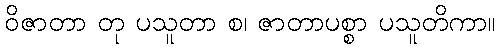
ဝိဇာတာ တု ပသူတာ စ၊ ဇာတာပစ္စာ ပသူတိကာ။